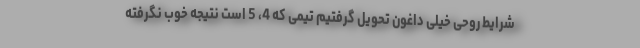
شرایط روحی خیلی داغون تحویل گرفتیم تیمی که 4، 5 است نتیجه خوب نگرفته